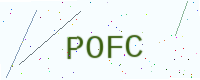
Text: POFC